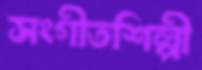
সংগীতশিল্পী